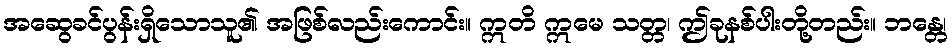
အဆွေခင်ပွန်းရှိသောသူ၏ အဖြစ်လည်းကောင်း။ ဣတိ ဣမေ သတ္တ၊ ဤခုနစ်ပါးတို့တည်း။ ဘန္တေ၊